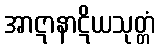
အာဋာနာဋိယသုတ္တံ